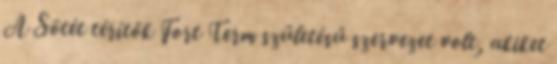
A Sötét térítők Fort Term születésű szervezet volt, akiket